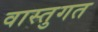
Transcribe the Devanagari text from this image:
वास्तुगत